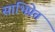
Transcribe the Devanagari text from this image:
साभिप्रेत